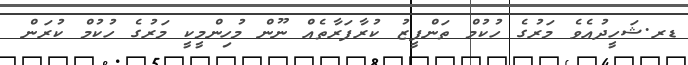
ޑރ.ޝަހީދުއެވެ މަރުގެ ހުކުމް ތަންފީޒު ކުރާފަރާތެއް ނޫން މުހިންމީކީ މަރުގެ ހުކުމް ކުރަން